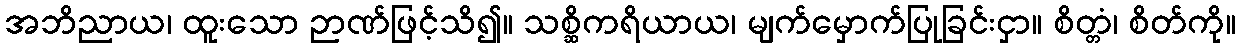
အဘိညာယ၊ ထူးသော ဉာဏ်ဖြင့်သိ၍။ သစ္ဆိကရိယာယ၊ မျက်မှောက်ပြုခြင်းငှာ။ စိတ္တံ၊ စိတ်ကို။